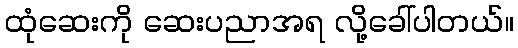
ထုံဆေးကို ဆေးပညာအရ လို့ခေါ်ပါတယ်။